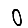
Digit: 0